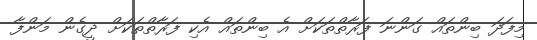
މިފަދަ ބިންތައް ގަންނަ ފަރާތްތަކަށް އެ ބިންތައް އެކި ފަރާތްތަކަށް ދީގެން މަންފާ